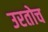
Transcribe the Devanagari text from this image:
उरतोच